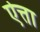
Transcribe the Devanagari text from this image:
ऐत्ता